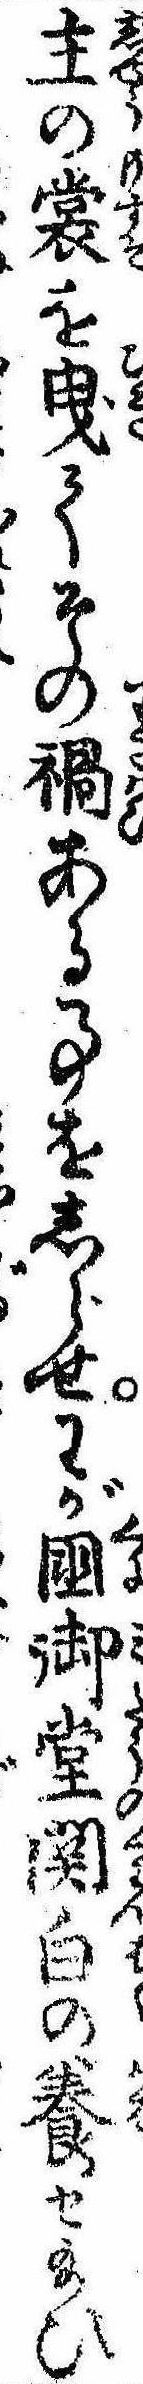
主の裳を曳てその禍ある事をしらせわが国御堂関白の養せ給ひ